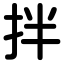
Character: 拌